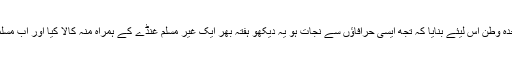
اماں بی فوراً بول اٹھیں "ہم نے علیحدہ وطن اس لیئے بنایا کہ تجھ ایسی حرافاؤں سے نجات ہو یہ دیکھو ہفتہ بھر ایک غیر مسلم غنڈے کے ہمراہ منہ کالا کیا اور اب مسلمان بن کر پاکستان جانا چاہتی ہے"۔